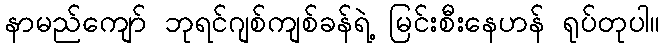
နာမည်ကျော် ဘုရင်ဂျစ်ကျစ်ခန်ရဲ့ မြင်းစီးနေဟန် ရုပ်တုပါ။